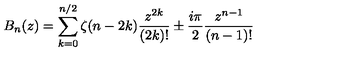
B _ { n } ( z ) = \sum _ { k = 0 } ^ { n / 2 } \zeta ( n - 2 k ) \frac { z ^ { 2 k } } { ( 2 k ) ! } \pm \frac { i \pi } { 2 } \frac { z ^ { n - 1 } } { ( n - 1 ) ! }